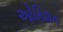
ઓમિશન